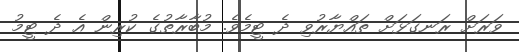
ވަރަށް ރަނގަޅަށް ތައްޔާރުވި ދެ ޓީމެވެ. މުބާރާތުގެ ކުރިން އެ ދެ ޓީމު